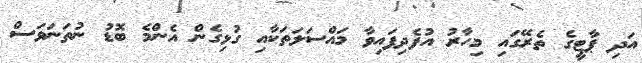
އަދި ޕާޓީގެ ތެރޭގައި މިހާރު އުފެދިފައިވާ މައްސަލަތަކާއި ގުޅިގެން އެންމެ ބޮޑު ނުތަނަވަސް